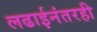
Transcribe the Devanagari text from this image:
लढाईनंतरही